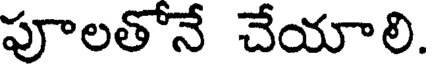
పూలతోనే చేయాలి.